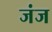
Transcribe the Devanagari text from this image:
जंज